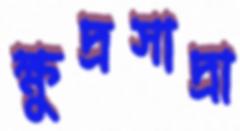
ক্ষুদ্রসাদ্রা